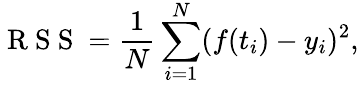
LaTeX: \mathrm{~R~S~S~}=\frac{1}{N}\sum_{i=1}^{N}(f(t_{i})-y_{i})^{2},